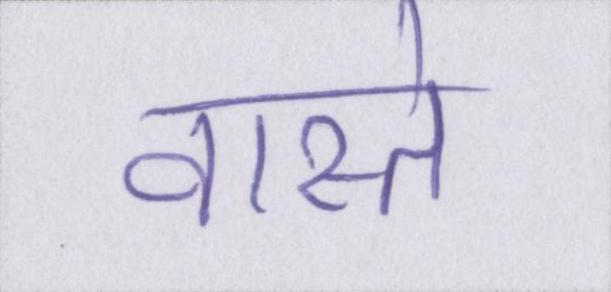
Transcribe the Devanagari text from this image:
वास्ते